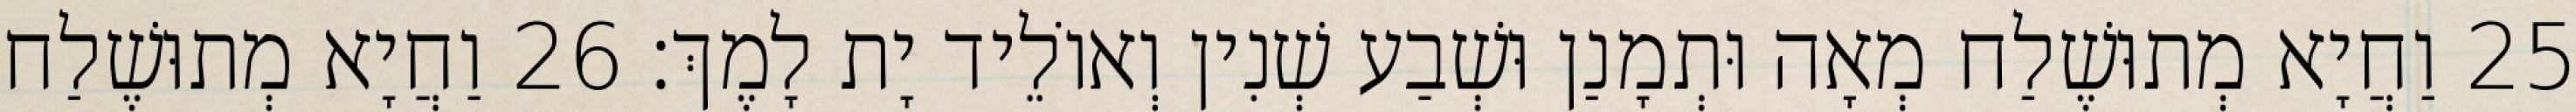
25 וַחֲיָא מְתוּשֶׁלַח מְאָה וּתְמָנַן וּשְׁבַע שְׁנִין וְאוֹלֵיד יָת לָמֶךְ׃ 26 וַחֲיָא מְתוּשֶׁלַח